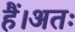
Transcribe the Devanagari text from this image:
हैं।अतः